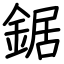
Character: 鋸